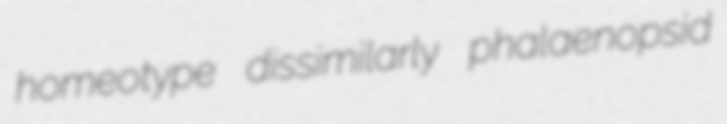
homeotype dissimilarly phalaenopsid